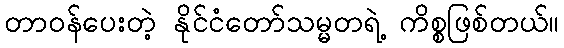
တာဝန်ပေးတဲ့ နိုင်ငံတော်သမ္မတရဲ့ ကိစ္စဖြစ်တယ်။